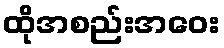
ထိုအစည်းအဝေး